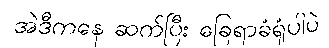
အဲဒီကနေ ဆက်ပြီး ခြေရာခံရုံပါပဲ